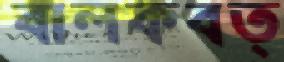
বালকবত্